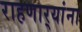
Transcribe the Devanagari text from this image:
राहणार्‍यांना